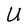
Character: U